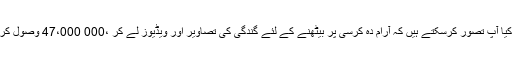
اب کیا آپ تصور کرسکتے ہیں کہ آرام دہ کرسی پر بیٹھنے کے لئے گندگی کی تصاویر اور ویڈیوز لے کر ،000 47،000 وصول کریں؟